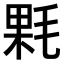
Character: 𣮔